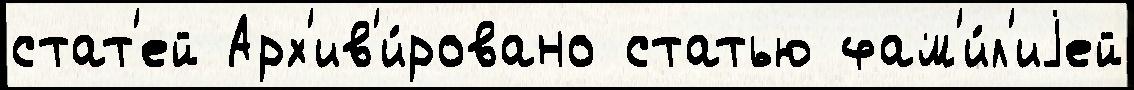
стат'ей Арх'ив'и́ровано статью фам'и́л'иjей